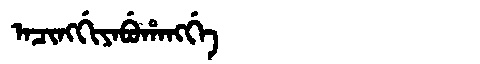
Manchu: ᠠᠴᡳᠩᡤᡳᠶᠠᠪᡠᡥᠠᠩᡤᡝ
Romanization: ACINGGIYABUHANGGE